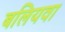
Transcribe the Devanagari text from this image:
बलियवा